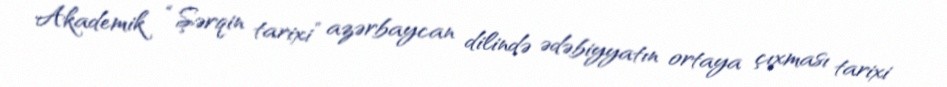
Akademik “Şərqin tarixi” azərbaycan dilində ədəbiyyatın ortaya çıxması tarixi